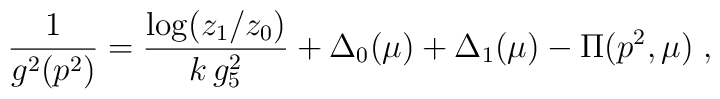
\frac{1}{g^2(p^2)} = \frac{\log (z_1/z_0)}{k\, g_5^2} + \Delta_0(\mu) + \Delta_1(\mu) - \Pi(p^2,\mu) \;,